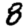
Digit: 8